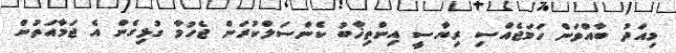
މިއަދު ބާއްވަން ހަމަޖެއްސި ރިޔާސީ އިންތިޚާބު ކެންސަލްކުރަން ޖެހުމާ ގުޅިގެން އެ ޖަމާއަތުން